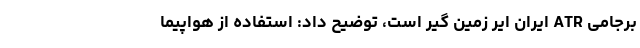
برجامی ATR ایران ایر زمین گیر است، توضیح داد: استفاده از هواپیما